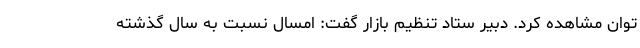
توان مشاهده کرد. دبیر ستاد تنظیم بازار گفت: امسال نسبت به سال گذشته